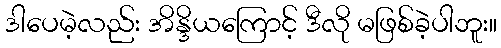
ဒါပေမဲ့လည်း အိန္ဒိယကြောင့် ဒီလို မဖြစ်ခဲ့ပါဘူး။